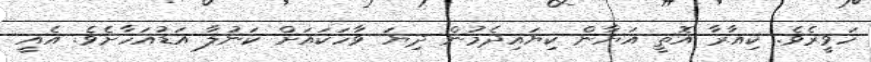
ހަވީރެވެ. ކިއާރާ އޮތީ އަޔާން ކިޔައިދެމުން ދިޔަ ވާހަކައަށް ކަނުލާ އަޑުއަހާށެވެ. އެއީ